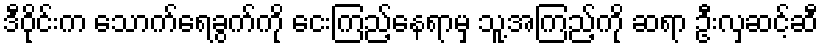
ဒီဝိုင်းက သောက်ရေခွက်ကို ငေးကြည့်နေရာမှ သူ့အကြည့်ကို ဆရာ ဦးလှဆင့်ဆီ